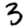
Digit: 3